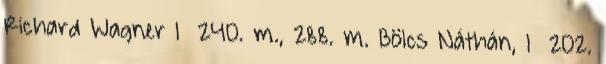
Richard Wagner I 240. m., 288. m. Bölcs Náthán, I 202.